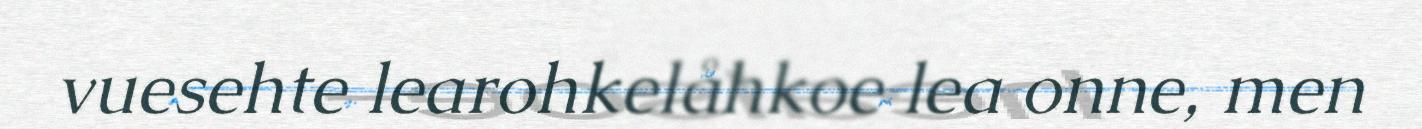
vuesehte learohkelåhkoe lea onne, men